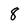
Character: 8